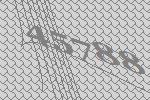
45788